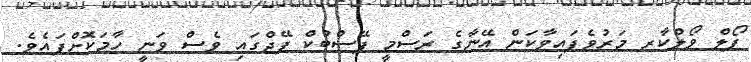
ޕޯލް ވޯލްކާރ މަރުވެފައިވާކަން އޭނާގެ ރަސްމީ ފޭސްބުކް ޕޭޖްގައި ވެސް ވަނީ ހާމަކޮށްފައެވެ.